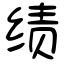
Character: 绩